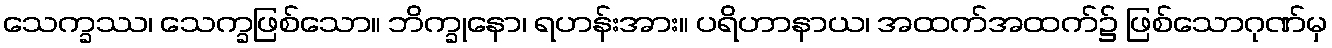
သေက္ခဿ၊ သေက္ခဖြစ်သော။ ဘိက္ခုနော၊ ရဟန်းအား။ ပရိဟာနာယ၊ အထက်အထက်၌ ဖြစ်သောဂုဏ်မှ